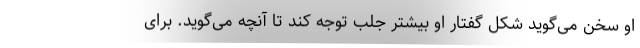
او سخن می‌گوید شکل گفتار او بیشتر جلب توجه کند تا آنچه می‌گوید. برای